Leaving Certificate Examination (including Day School Certificate (Higher) General paper), 1931
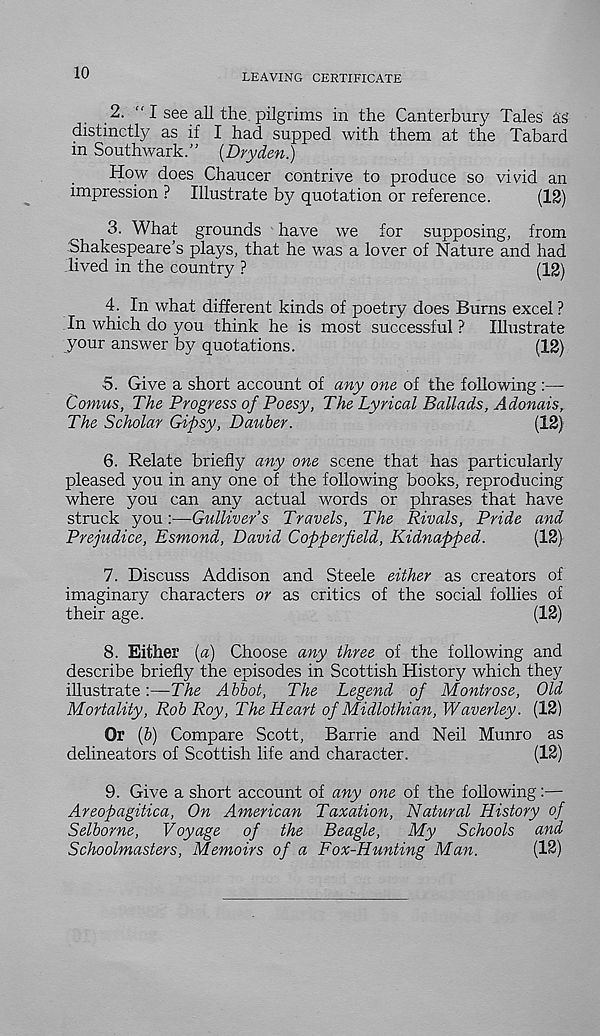
10
LEAVING CERTIFICATE
2. “ I see all the. pilgrims in the Canterbury Tales as
distinctly as if I had supped with them at the Tabard
in Southwark.” (Dryden.)
How does Chaucer contrive to produce so vivid an
impression ? Illustrate by quotation or reference.
(12)
3. What grounds have we for supposing, from
Shakespeare's plays, that he was a lover of Nature and had
lived in the country ?
(12)
4. In what different kinds of poetry does Burns excel ?
In which do you think he is most successful ? Illustrate
your answer by quotations.
(12)
5. Give a short account of any one of the following :—
Comus, The Progress of Poesy, The Lyrical Ballads, Adonais,
The Scholar Gipsy, Dauber.
(12)
6. Relate briefly any one scene that has particularly
pleased you in any one of the following books, reproducing
where you can any actual words or phrases that have
struck you:—Gulliver’s Travels, The Rivals, Pride and
Prejudice, Esmond, David Copperjield, Kidnapped.
(12)
7. Discuss Addison and Steele either as creators of
imaginary characters or as critics of the social follies of
their age.
(12)
8. Either (a) Choose any three of the following and
describe briefly the episodes in Scottish History which they
illustrate:—The Abbot, The Legend of Montrose, Old
Mortality, Rob Roy, The Heart of Midlothian, Waverley. (12)
Or (b) Compare Scott, Barrie and Neil Munro as
delineators of Scottish life and character.
(12)
9. Give a short account of any one of the following:—
Areopagitica, On American Taxation, Natural History of
Selborne,
Voyage of the Beagle,
My Schools and
Schoolmasters, Memoirs of a Fox-Hunting Man.
(12)